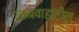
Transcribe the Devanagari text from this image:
रक्तप्रवाहातील